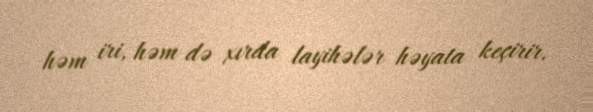
həm iri, həm də xırda layihələr həyata keçirir.